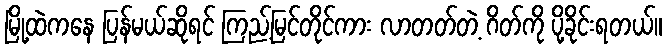
မြို့ထဲကနေ ပြန်မယ်ဆိုရင် ကြည့်မြင်တိုင်ကား လာတတ်တဲ့ ဂိတ်ကို ပို့ခိုင်းရတယ်။